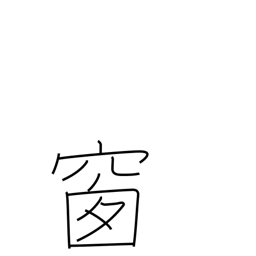
Meaning: pane